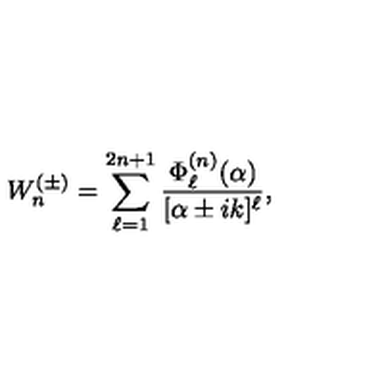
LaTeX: W _ { n } ^ { ( \pm ) } = \sum _ { \ell = 1 } ^ { 2 n + 1 } \frac { \Phi _ { \ell } ^ { ( n ) } ( \alpha ) } { [ \alpha \pm i k ] ^ { \ell } } ,